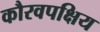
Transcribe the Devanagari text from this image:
कौरवपक्षिय